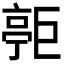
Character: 𪩧